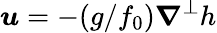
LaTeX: \boldsymbol{u}=-(g/f_{0})\boldsymbol{\nabla}^{\perp}h